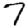
Digit: 7